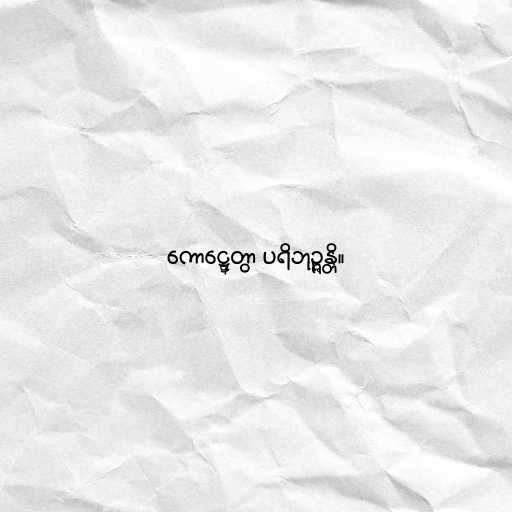
ကောဋ္ဋေတွာ ပရိဘုဉ္ဇန္တိ။